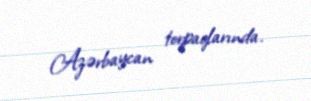
Azərbaycan torpaqlarında.